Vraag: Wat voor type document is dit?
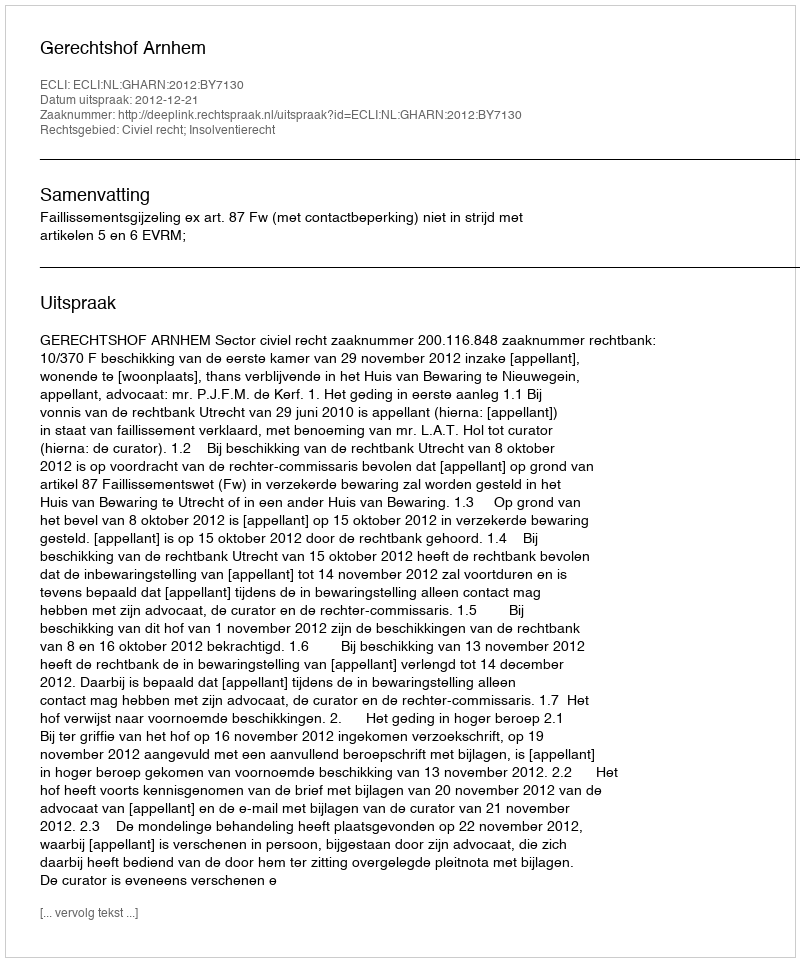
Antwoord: Uitspraak